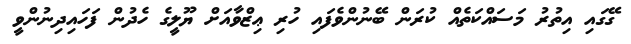
ގޭގައި އިތުރު މަސައްކަތެއް ކުރަން ބޭނުންވެފައި ހުރި ޢިޒްވާއަށް ޔޫލީގެ ހެދުން ފަހައިދިނުންވީ